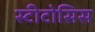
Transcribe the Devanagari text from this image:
स्टीटोसिस